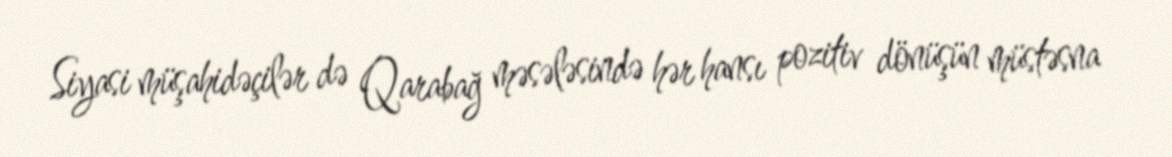
Siyasi müşahidəçilər də Qarabağ məsələsində hər hansı pozitiv dönüşün müstəsna